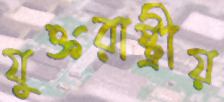
যুক্তরাষ্ট্রীয়